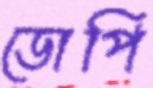
ডোপি